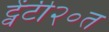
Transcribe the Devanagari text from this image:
ट्वेंटी२०त